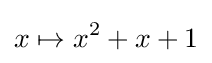
x\mapsto x^{2}+x+1